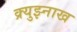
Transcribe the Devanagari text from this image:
क्र्युझ्नाख